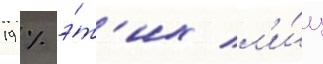
19 % э́т'их л'и́ц